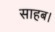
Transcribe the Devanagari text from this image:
साहब।